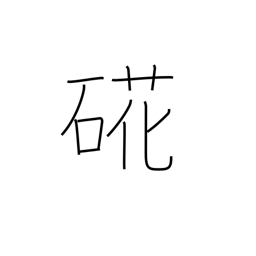
Meaning: oyster